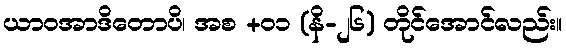
ယာဝအာဒိတောပိ၊ အစ +၀၁ (နိ-၂၆) တိုင်အောင်လည်း။